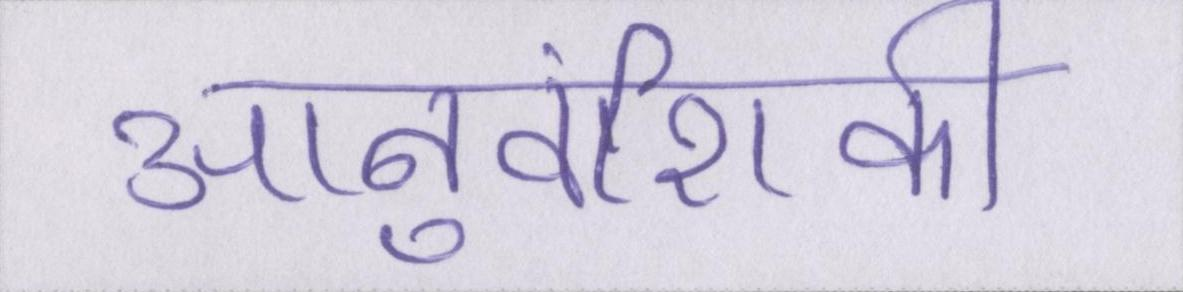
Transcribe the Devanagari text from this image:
आनुवंशिकी